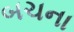
બચના